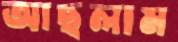
আছলাম